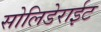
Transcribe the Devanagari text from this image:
सोलिडेराईट